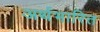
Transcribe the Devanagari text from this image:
अर्थभारित